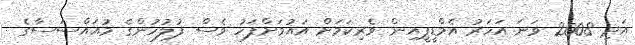
އަދި 2008 ވަނަ އަހަރު އެމްޑީޕީއިން ވެރިކަމަށް އައުމަށްފަހު ވެސް ފުލުހުންގެ މުއައްސަސާގެ